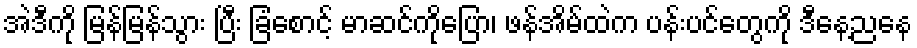
အဲဒီကို မြန်မြန်သွား ပြီး ခြံစောင့် မာဆင်ကိုပြော၊ ဖန်အိမ်ထဲက ပန်းပင်တွေကို ဒီနေ့ညနေ